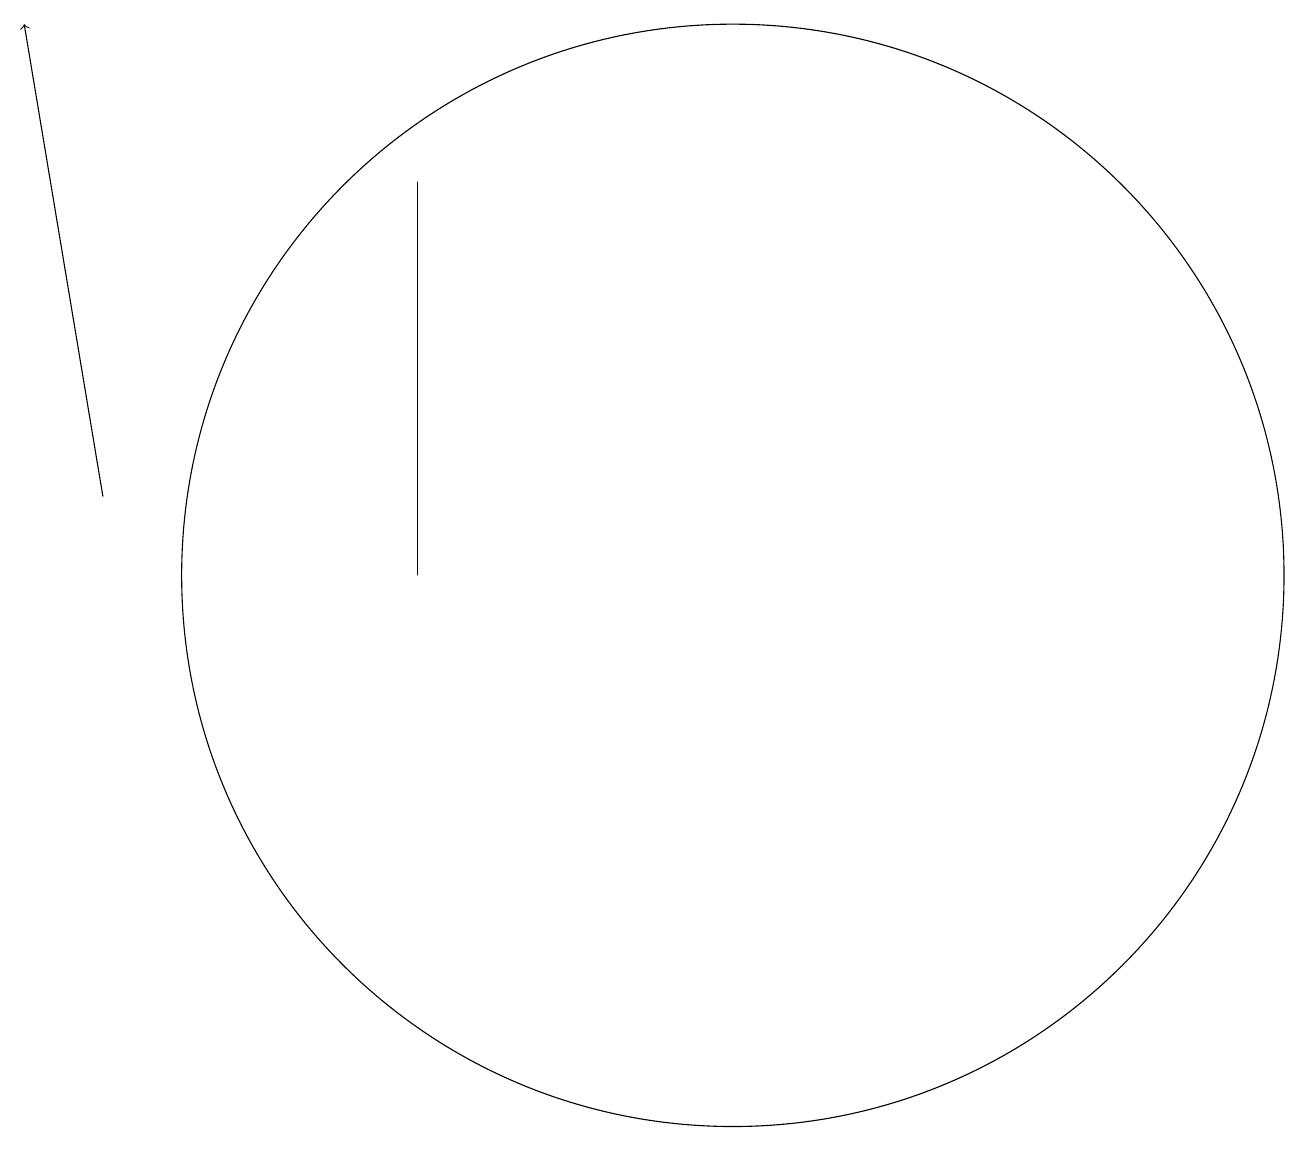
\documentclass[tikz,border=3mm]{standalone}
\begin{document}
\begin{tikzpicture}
\draw[->] (3,13) -- (2,19);
\draw (10,11) circle (0);
\draw (7,12) rectangle (7,17);
\draw (11,12) circle (7);
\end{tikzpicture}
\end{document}